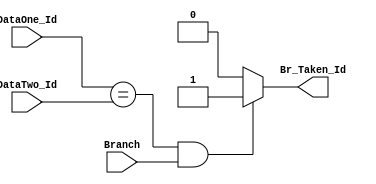
module Comparator (
         input wire [31:0] DataOne_Id,
         input wire [31:0] DataTwo_Id,
         input wire Branch,
         output reg Br_Taken_Id
                  );

always @(*)
  begin
    if ( (DataOne_Id==DataTwo_Id) && Branch )
       Br_Taken_Id='b1;
    else
       Br_Taken_Id='b0;
  end

endmodule